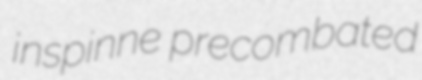
inspinne precombated